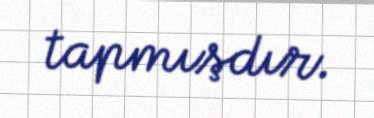
tapmışdır.